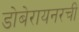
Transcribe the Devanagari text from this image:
डोबेरायनरची